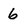
Character: 6